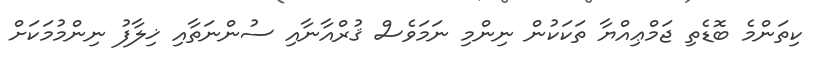
ކިތަންމެ ބޮޑެތި ޖަމްޢިއްޔާ ތަކަކުން ނިންމި ނަމަވެސް ޤުރްއާނާއި ސުންނަތާއި ޚިލާފު ނިންމުމަކަށް